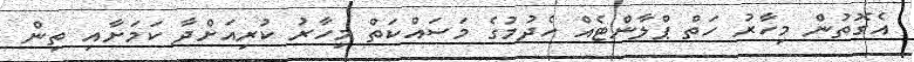
އެގޮތުން މިހާރު ހަތް ޕްލާންޓެއް ހެދުމުގެ މަސައްކަތް މިހާރު ކުރިއަށްދާ ކަމަށާއި ތިން